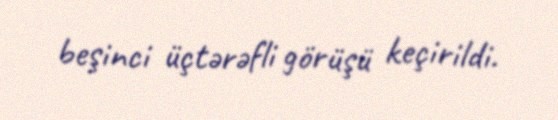
beşinci üçtərəfli görüşü keçirildi.